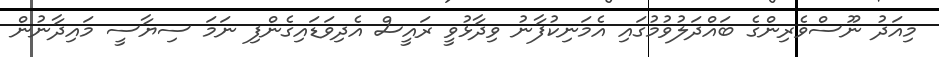
މިއަދު ނޫސްވެރިންގެ ބައްދަލުވުމުގައި އެމަނިކުފާނު ވިދާޅުވީ ރައީސް އެދިވަޑައިގެންފި ނަމަ ސިޔާސީ މައިދާނުން